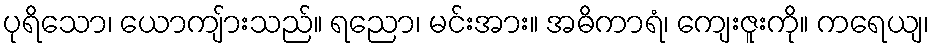
ပုရိသော၊ ယောကျ်ားသည်။ ရညော၊ မင်းအား။ အဓိကာရံ၊ ကျေးဇူးကို။ ကရေယျ၊